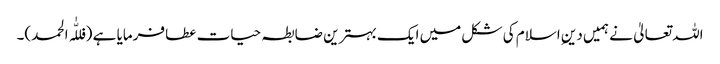
اللہ تعالیٰ نے ہمیں دینِ اسلام کی شکل میں ایک بہترین ضابطہ حیات عطا فرمایا ہے (فللّٰہ الحمد)۔